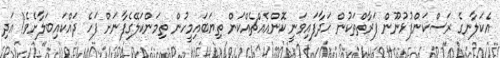
އެކަލާނގެ ރަސްކަންފުޅުނޫން ފަރާތްތަކުން ހަދާފައިވަނީ ކޮންއެއްޗެއްކަން ތިޔަބައިމީހުން ތިމަންކަލޭގެފާނަށް ފަހެ ދައްކައިބަލާށެވެ! އަދި